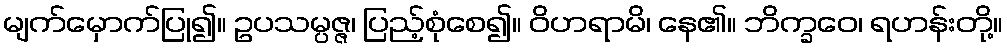
မျက်မှောက်ပြု၍။ ဥပသမ္ပဇ္ဇ၊ ပြည့်စုံစေ၍။ ဝိဟရာမိ၊ နေ၏။ ဘိက္ခဝေ၊ ရဟန်းတို့။